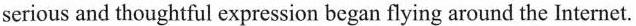
seriousand thoughtful expression began flying around the Internet.